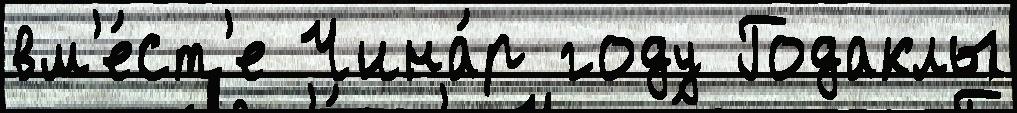
вм'е́ст'е Чина́р году Годаклы